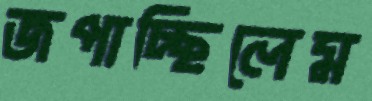
জপাচ্ছিলেম